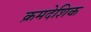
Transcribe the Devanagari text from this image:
क्रमदेशिक